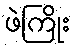
ဖဲကြိုး